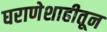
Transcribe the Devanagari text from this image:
घराणेशाहीतून